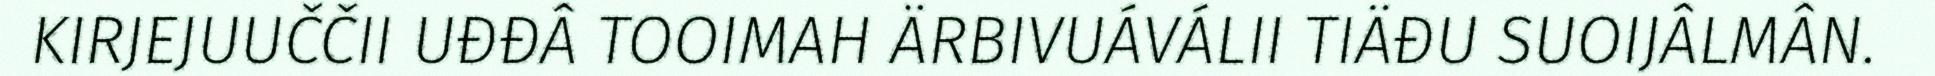
KIRJEJUUČČII UĐĐÂ TOOIMAH ÄRBIVUÁVÁLII TIÄĐU SUOIJÂLMÂN.